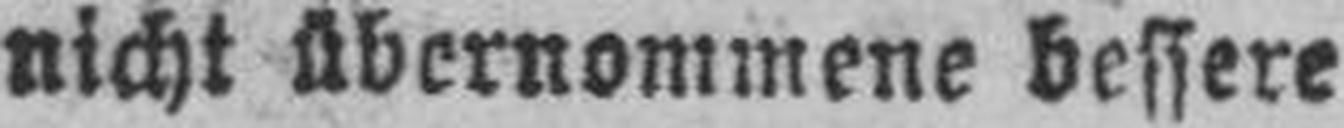
nicht übernommene bessere